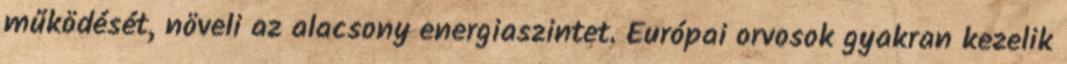
működését, növeli az alacsony energiaszintet. Európai orvosok gyakran kezelik